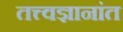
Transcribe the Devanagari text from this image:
तत्त्वज्ञानांत